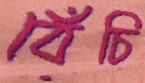
বেঁচি